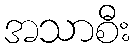
အသာစီး